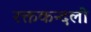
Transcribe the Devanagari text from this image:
रक्तकन्दलो